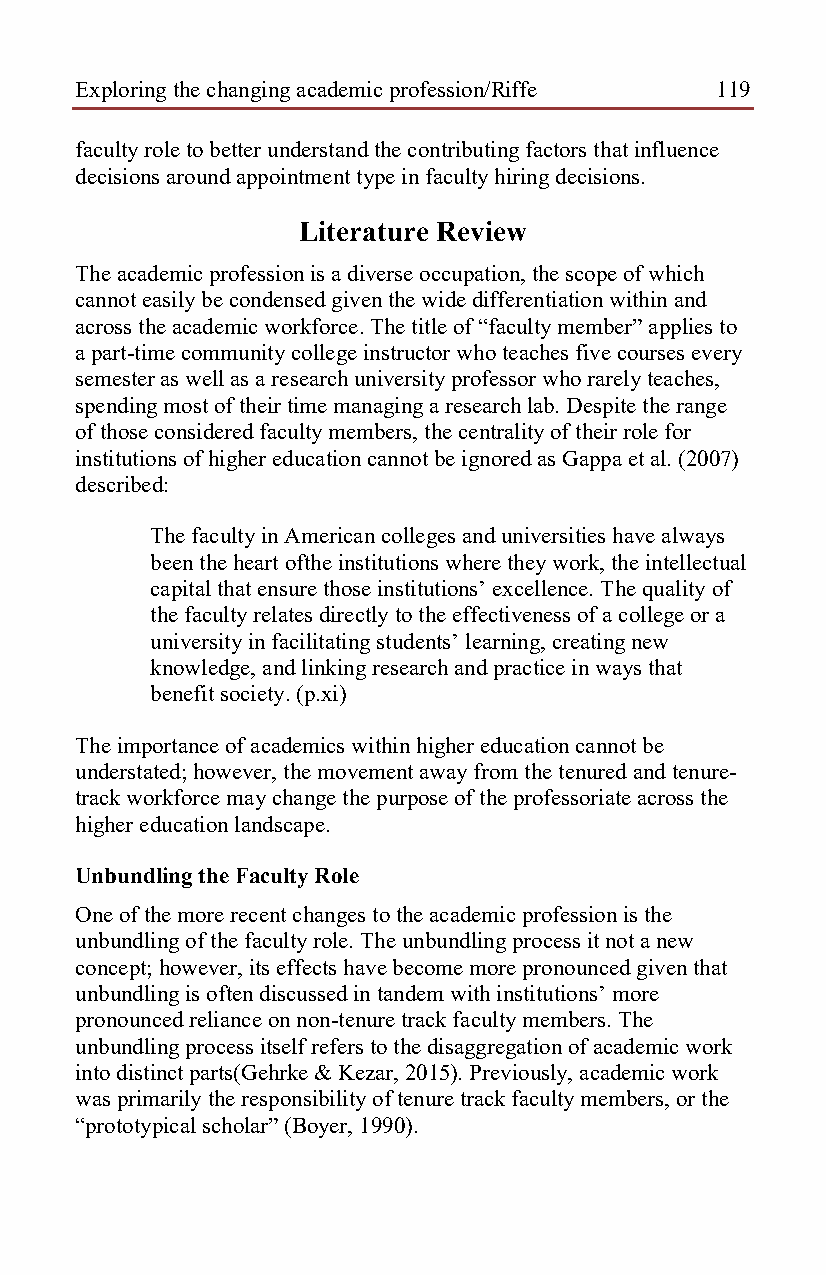
Exploring the changing academic profession/Riffe 119
 faculty role to better understand the contributing factors that influence
 decisions around appointment type in faculty hiring decisions.
 Literature Review
 The academic profession is a diverse occupation, the scope of which
 cannot easily be condensed given the wide differentiation within and
 across the academic workforce. The title of “faculty member” applies to
 a part-time community college instructor who teaches five courses every
 semester as well as a research university professor who rarely teaches,
 spending most of their time managing a research lab. Despite the range
 of those considered faculty members, the centrality of their role for
 institutions of higher education cannot be ignored as Gappa et al. (2007)
 described:
 The faculty in American colleges and universities have always
 been the heart ofthe institutions where they work, the intellectual
 capital that ensure those institutions’ excellence. The quality of
 the faculty relates directly to the effectiveness of a college or a
 university in facilitating students’ learning, creating new
 knowledge, and linking research and practice in ways that
 benefit society. (p.xi)
 The importance of academics within higher education cannot be
 understated; however, the movement away from the tenured and tenure-
 track workforce may change the purpose of the professoriate across the
 higher education landscape.
 Unbundling the Faculty Role
 One of the more recent changes to the academic profession is the
 unbundling of the faculty role. The unbundling process it not a new
 concept; however, its effects have become more pronounced given that
 unbundling is often discussed in tandem with institutions’ more
 pronounced reliance on non-tenure track faculty members. The
 unbundling process itself refers to the disaggregation of academic work
 into distinct parts(Gehrke & Kezar, 2015). Previously, academic work
 was primarily the responsibility of tenure track faculty members, or the
 “prototypical scholar” (Boyer, 1990).